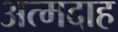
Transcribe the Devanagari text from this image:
अत्मदाह